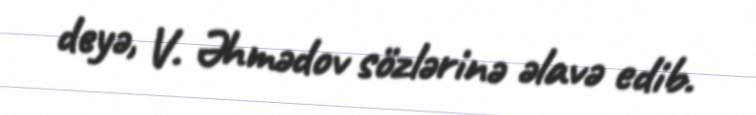
deyə, V. Əhmədov sözlərinə əlavə edib.